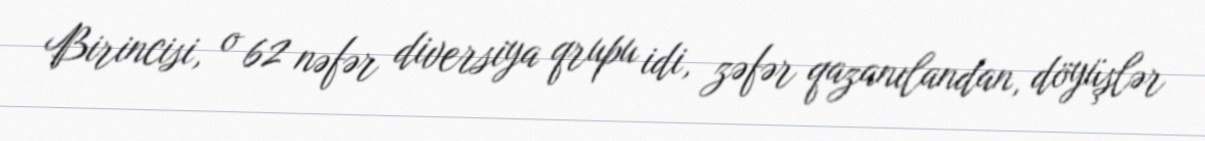
Birincisi, o 62 nəfər diversiya qrupu idi, zəfər qazanılandan, döyüşlər